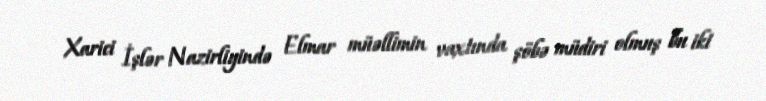
Xarici İşlər Nazirliyində Elmar müəllimin vaxtında şöbə müdiri olmuş bu iki